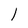
Character: 1